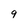
Character: 9